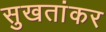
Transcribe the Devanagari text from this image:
सुखतांकर